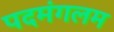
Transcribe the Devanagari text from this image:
पदमंगलम